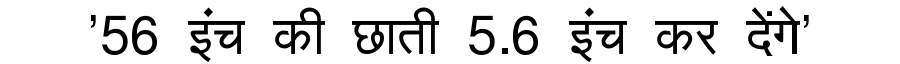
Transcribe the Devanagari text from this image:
'56 इंच की छाती 5.6 इंच कर देंगे'